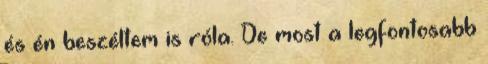
és én beszéltem is róla. De most a legfontosabb